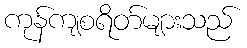
ကုန်ကျစရိတ်များသည်